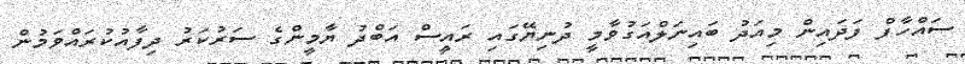
ސައްހާފް ފަދައިން މިއަދު ބައިނަލްއަގުވާމީ ދުނިޔޭގައި ރައީސް އަބްދު ޔާމީންގެ ސަރުކަރު ދިފާއުކުރައްވަމުން